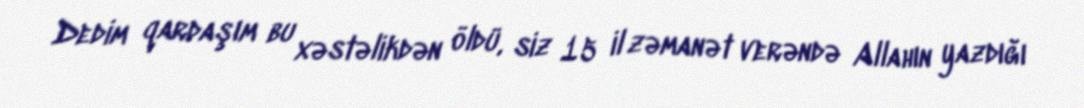
Dedim qardaşım bu xəstəlikdən öldü, siz 15 il zəmanət verəndə Allahın yazdığı